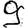
Digit: 9